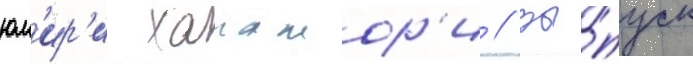
юм'ир'и ханамор'и // Вы́пуск